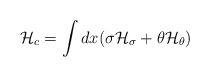
LaTeX: \begin{align*}{\cal H}_c = \int dx (\sigma {\cal H}_{\sigma} + \theta {\cal H}_{\theta})\end{align*}